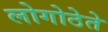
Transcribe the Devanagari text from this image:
लोगोठेते